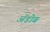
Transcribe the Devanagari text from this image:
ॲडोब